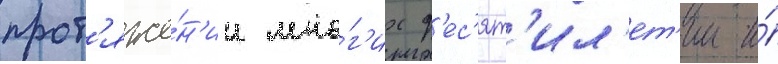
прот'яже́н'ии мно́г'их д'ес'ят'ил'ет'ии и́